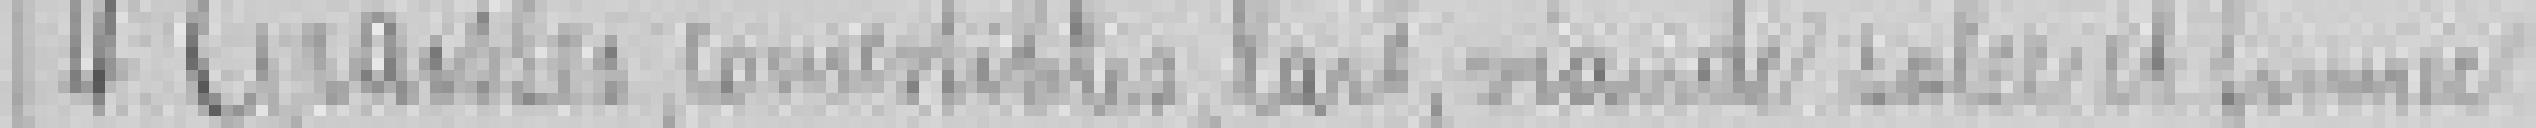
4. Graisses, comestibles, lait, viandes salées et formées?